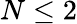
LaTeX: N\leq 2